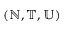
( \mathbb { N } , \mathbb { T } , \mathbb { U } )